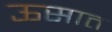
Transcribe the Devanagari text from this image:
ऊसात